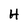
Character: H